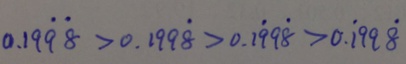
0 . 1 9 \dot { 9 } \dot { 8 } > 0 . 1 9 9 \dot { 8 } > 0 . 1 \dot { 9 } 9 \dot { 8 } > 0 . \dot { 1 } 9 9 \dot { 8 }